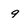
Character: 9